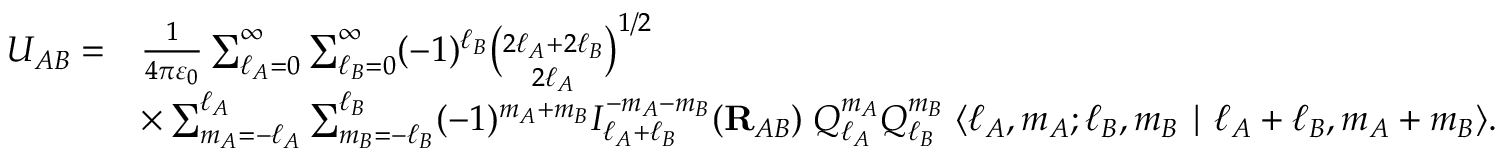
{ \begin{array} { r l } { U _ { A B } = } & { { \frac { 1 } { 4 \pi \varepsilon _ { 0 } } } \sum _ { \ell _ { A } = 0 } ^ { \infty } \sum _ { \ell _ { B } = 0 } ^ { \infty } ( - 1 ) ^ { \ell _ { B } } { \binom { 2 \ell _ { A } + 2 \ell _ { B } } { 2 \ell _ { A } } } ^ { 1 / 2 } } \\ & { \times \sum _ { m _ { A } = - \ell _ { A } } ^ { \ell _ { A } } \sum _ { m _ { B } = - \ell _ { B } } ^ { \ell _ { B } } ( - 1 ) ^ { m _ { A } + m _ { B } } I _ { \ell _ { A } + \ell _ { B } } ^ { - m _ { A } - m _ { B } } ( \mathbf { R } _ { A B } ) \; Q _ { \ell _ { A } } ^ { m _ { A } } Q _ { \ell _ { B } } ^ { m _ { B } } \; \langle \ell _ { A } , m _ { A } ; \ell _ { B } , m _ { B } \mid \ell _ { A } + \ell _ { B } , m _ { A } + m _ { B } \rangle . } \end{array} }